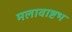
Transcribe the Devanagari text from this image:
मलावाष्टभ